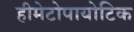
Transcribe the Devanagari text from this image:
हीमेटोपायोटिक